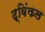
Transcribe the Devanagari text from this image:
द्विंकल